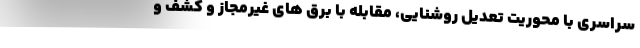
سراسری با محوریت تعدیل روشنایی، مقابله با برق های غیرمجاز و کشف و